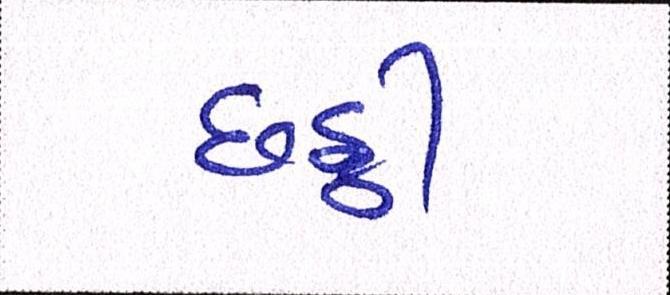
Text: છઠ્ઠી